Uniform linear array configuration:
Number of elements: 48
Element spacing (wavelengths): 0.75
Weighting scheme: kaiser
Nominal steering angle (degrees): -45
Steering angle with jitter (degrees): -46.184
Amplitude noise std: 0.05
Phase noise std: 0.05

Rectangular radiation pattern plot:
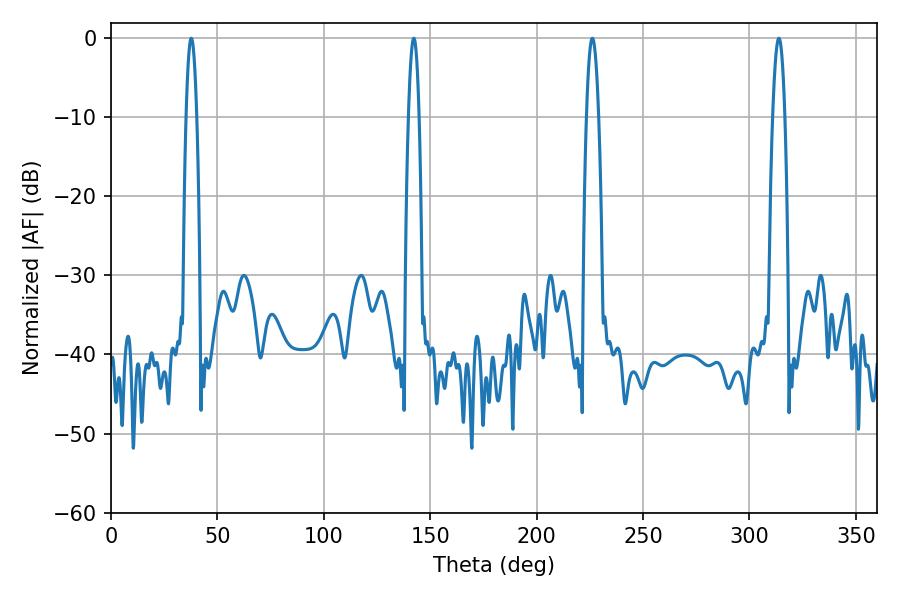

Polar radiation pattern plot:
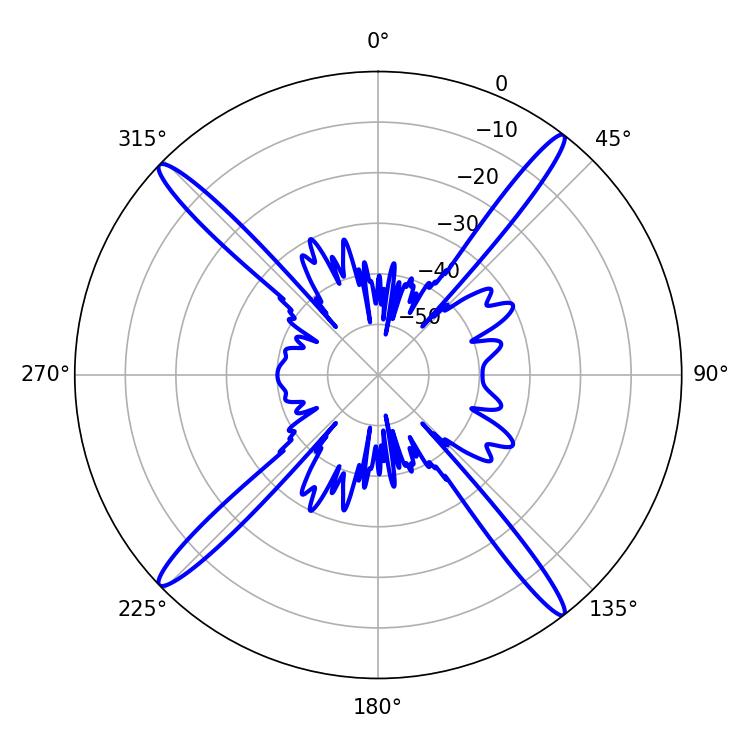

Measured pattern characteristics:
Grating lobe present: TRUE
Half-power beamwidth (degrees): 3.06
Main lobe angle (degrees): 313.74